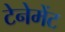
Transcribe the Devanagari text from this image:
टेनेमेंट